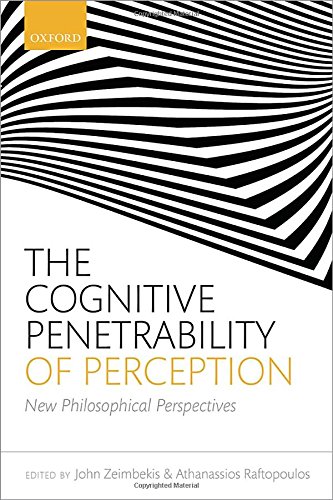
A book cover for The Cognitive Penetrability of Perception: New Philosophical Perspectives; Politics & Social Sciences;